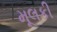
મૂલકી